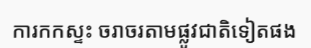
ការកកស្ទះ ចរាចរតាមផ្លូវជាតិទៀតផង